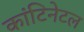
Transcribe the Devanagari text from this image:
कांटिनेटल